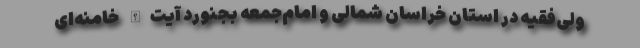
ولی‌فقیه در استان خراسان شمالی و امام‌جمعه بجنورد آیت‌الله خامنه‌ای